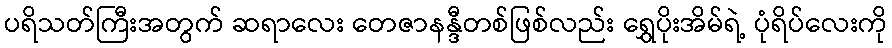
ပရိသတ်ကြီးအတွက် ဆရာလေး တေဇာနန္ဒီတစ်ဖြစ်လည်း ရွှေပိုးအိမ်ရဲ့ ပုံရိပ်လေးကို